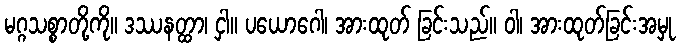
မဂ္ဂသစ္စာတို့ကို။ ဒဿနတ္ထာ၊ ငှါ။ ပယောဂေါ၊ အားထုတ် ခြင်းသည်။ ဝါ၊ အားထုတ်ခြင်းအမှု